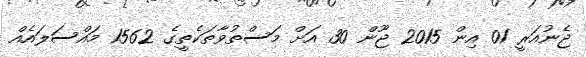
ޖެނުއަރީ 01 އިން 2015 ޖޫން 30 އަށް މަސްތުވާތަކެތީގެ 1562 މައްސަލައެއް